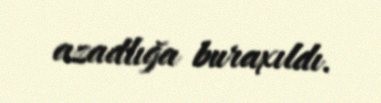
azadlığa buraxıldı.